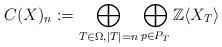
LaTeX: \begin{align*} C(X)_n :=\bigoplus_{T\in \Omega, |T|=n} \bigoplus_{p\in P_T} \mathbb{Z}\langle X_T \rangle \end{align*}